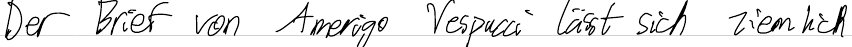
Der Brief von Amerigo Vespucci lässt sich ziemlich